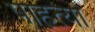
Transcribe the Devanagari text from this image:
पाहत्या